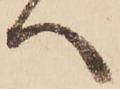
へ